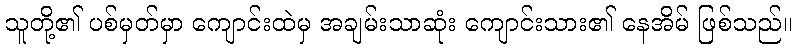
သူတို့၏ ပစ်မှတ်မှာ ကျောင်းထဲမှ အချမ်းသာဆုံး ကျောင်းသား၏ နေအိမ် ဖြစ်သည်။